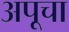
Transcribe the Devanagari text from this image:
अपूचा